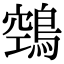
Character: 鵼